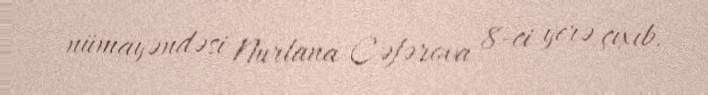
nümayəndəsi Nurlana Cəfərova 8-ci yerə çıxıb.